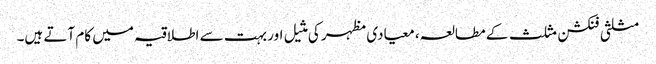
مثلثی فنکشن مثلث کے مطالعہ، معیادی مظہر کی مثیل اور بہت سے اطلاقیہ میں کام آتے ہیں۔